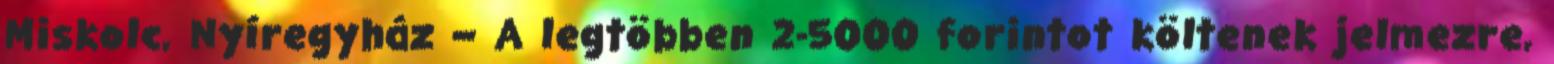
Miskolc, Nyíregyház – A legtöbben 2-5000 forintot költenek jelmezre,